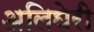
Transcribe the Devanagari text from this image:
अलिघेरी